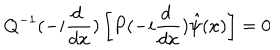
Q ^ { - 1 } ( - i \frac { d ~ } { d x } ) \left[ P ( - i \frac { d ~ } { d x } ) \hat { \psi } ( x ) \right] = 0